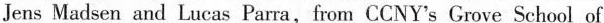
Jens Madsen and Lucas Parra,from CCNY's Grove School of